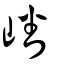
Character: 嶓